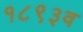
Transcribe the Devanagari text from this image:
१८९३व